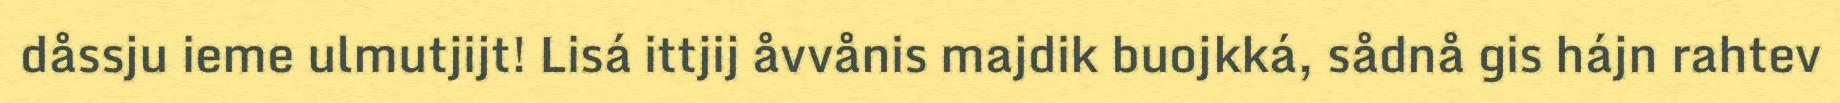
dåssju ieme ulmutjijt! Lisá ittjij åvvånis majdik buojkká, sådnå gis hájn rahtev